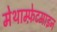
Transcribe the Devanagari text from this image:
मेथाम्फ़ेटमाइन